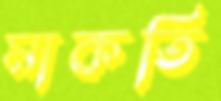
মাকতি